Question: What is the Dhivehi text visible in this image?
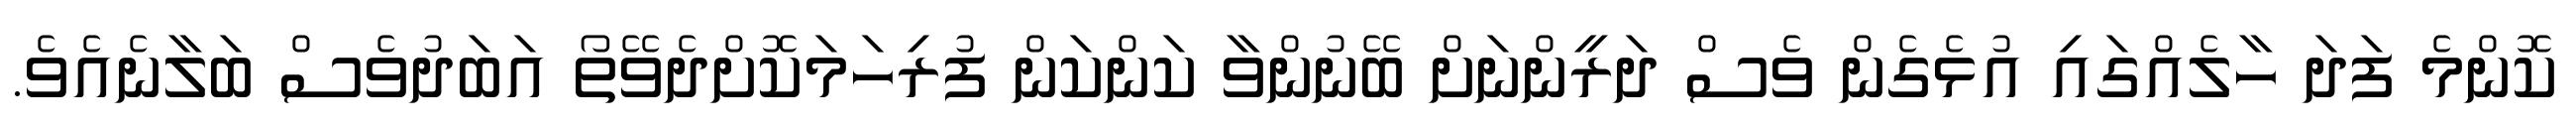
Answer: ކޮންމެ ފަދަ ހާލެއްގައި އުޅެގެން ވެސް ދަރީންނަށް ބޭނުންވާ ކަންކަން ފުރިހަމަކޮށްދެވޭތޯ އަބަދުވެސް ބަލާނެއެވެ.